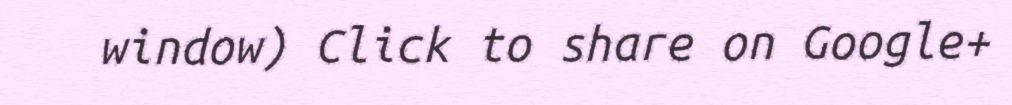
window) Click to share on Google+